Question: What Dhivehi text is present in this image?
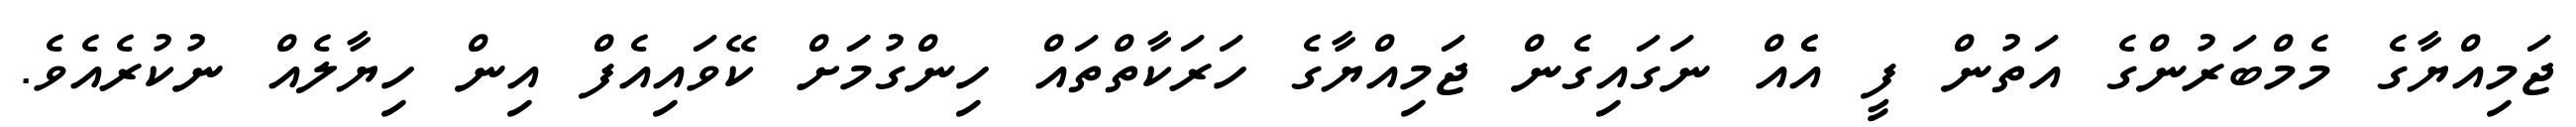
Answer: ޖަމިއްޔާގެ މެމްބަރުންގެ އަތުން ފީ އެެއް ނަގައިގެން ޖަމިއްޔާގެ ހަރަކާތްތައް ހިންގުމަަށް ކޭވައިއެފް އިން ހިޔާލެއް ނުކުރެއެވެ.